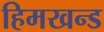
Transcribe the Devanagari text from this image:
हिमखन्ड